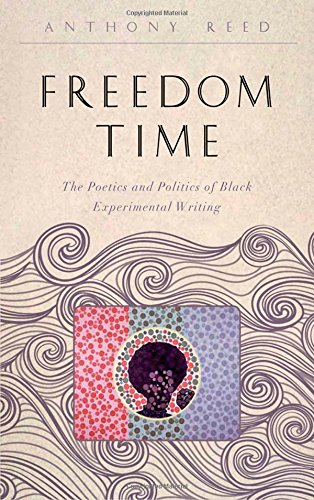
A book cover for Freedom Time: The Poetics and Politics of Black Experimental Writing (The  Callaloo African Diaspora Series); Anthony Reed; Literature & Fiction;